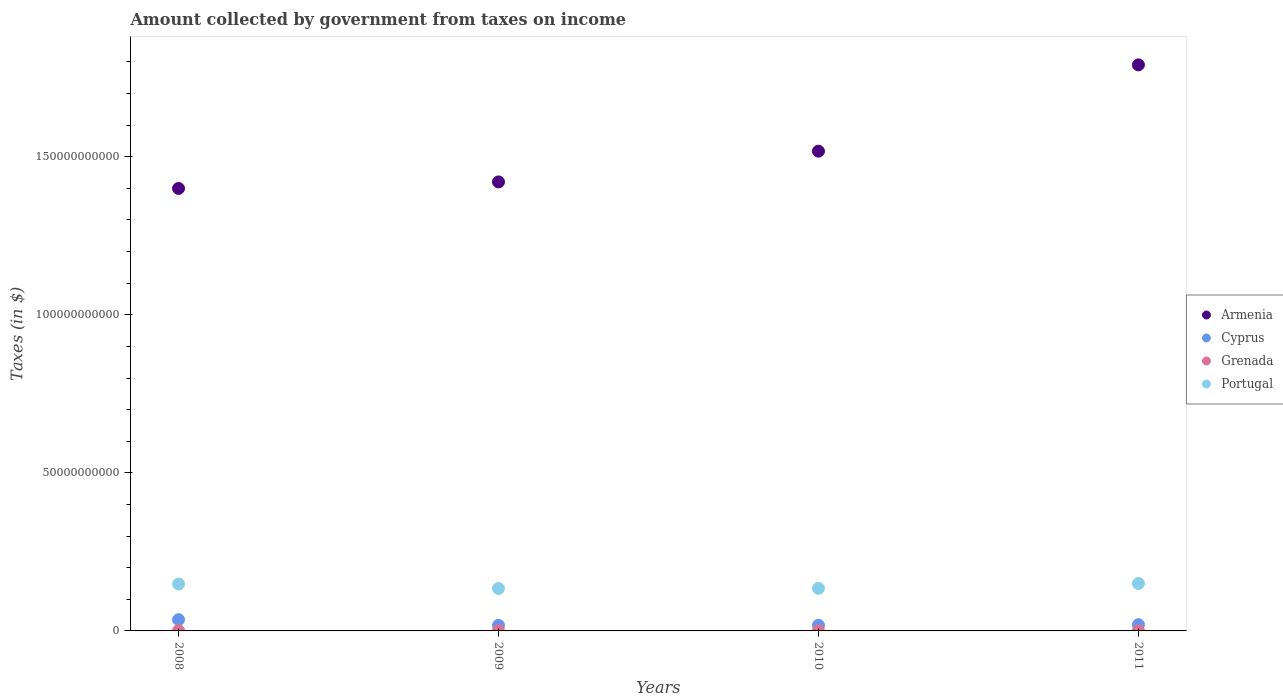
| Years | Armenia | Cyprus | Grenada | Portugal |
 | --- | --- | --- | --- | --- |
 | 2008 | 1.4e+11 | 3.56e+09 | 9.46e+07 | 1.48e+10 |
 | 2009 | 1.42e+11 | 1.77e+09 | 8.72e+07 | 1.34e+10 |
 | 2010 | 1.52e+11 | 1.8e+09 | 7.32e+07 | 1.35e+10 |
 | 2011 | 1.79e+11 | 1.97e+09 | 7.39e+07 | 1.5e+10 |